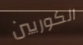
الكوريين